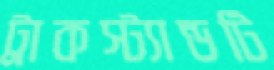
ট্রাকস্ট্যান্ডটি